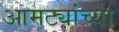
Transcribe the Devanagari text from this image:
आमट्यांच्या